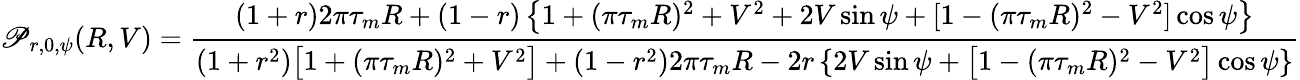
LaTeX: \mathscr{P}_{r,0,\psi}(R,V)=\frac{{(1+r)2\pi\tau_{m}R+(1-r)\left\{ 1+(\pi\tau_{m}R)^{2}+V^{2}+2V\sin\psi+[1-(\pi\tau_{m}R)^{2}-V^{2}]\cos\psi\right\} }}{{(1+r^{2})\big[1+(\pi\tau_{m}R)^{2}+V^{2}\big]+(1-r^{2})2\pi\tau_{m}R-2r\left\{ 2V\sin\psi+\big[1-(\pi\tau_{m}R)^{2}-V^{2}\big]\cos\psi\right\} }}